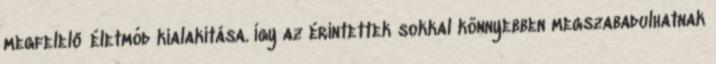
megfelelő életmód kialakítása. Így az érintettek sokkal könnyebben megszabadulhatnak